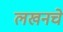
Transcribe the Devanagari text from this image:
लखनचे